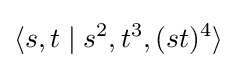
\langle s,t\mid s^{2},t^{3},(st)^{4}\rangle